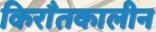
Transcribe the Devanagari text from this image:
किराँतकालीन